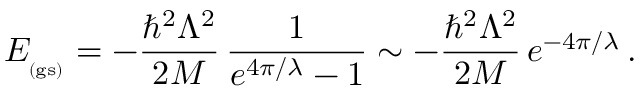
E _ { _ \mathrm { ( g s ) } } = - \frac { \hbar ^ { 2 } \Lambda ^ { 2 } } { 2 M } \, \frac { 1 } { e ^ { 4 \pi / \lambda } - 1 } \sim - \frac { \hbar ^ { 2 } \Lambda ^ { 2 } } { 2 M } \, e ^ { - 4 \pi / \lambda } \, .